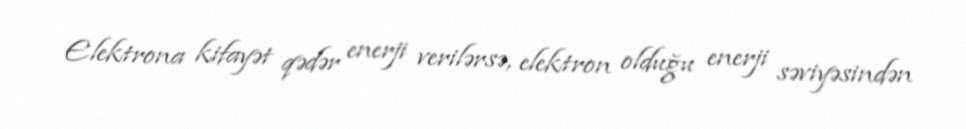
Elektrona kifayət qədər enerji verilərsə, elektron olduğu enerji səviyəsindən